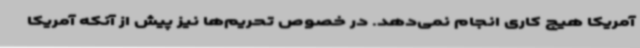
آمریکا هیچ کاری انجام نمی‌دهد. در خصوص تحریم‌ها نیز پیش از آنکه آمریکا